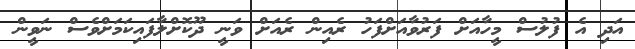
އަދި އެ ފުލުސް މީހާއަށް ފަރުވާއަށްފަހު ރެއިން ރެއަށް ވަނީ ދޫކޮށްލާފައިކަމަށްވެސް ނަވީން